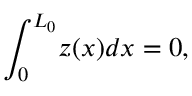
\begin{array} { l } { \displaystyle { \int _ { 0 } ^ { L _ { 0 } } \! z ( x ) d x = 0 , } } \end{array}